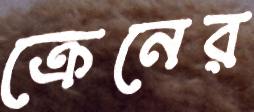
ক্রেনের